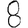
Digit: 8